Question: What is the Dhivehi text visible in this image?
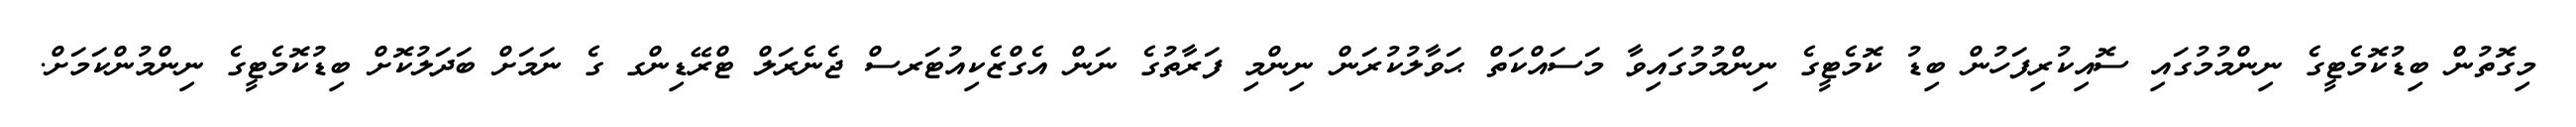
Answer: މިގޮތުން ބިޑުކޮމެޓީގެ ނިންމުމުގައި ސޮއިކުރިފަހުން ބިޑު ކޮމެޓީގެ ނިންމުމުގައިވާ މަސައްކަތް ޙަވާލުކުރަން ނިންމި ފަރާތުގެ ނަން އެގްޒެކިއުޓަރސް ޖެނެރަލް ޓްރޭޑިންގ ގެ ނަމަށް ބަދަލުކޮށް ބިޑުކޮމެޓީގެ ނިންމުންކަމަށް.